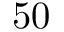
5 0